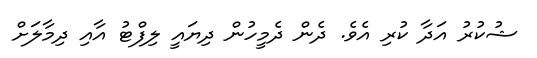
ޝުކުރު އަދާ ކުރި އެވެ. ދެން ދެމީހުން ދިޔައީ ލިފްޓު އާއި ދިމާލަށް